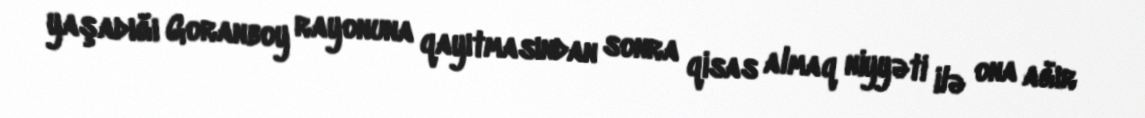
yaşadığı Goranboy rayonuna qayıtmasından sonra qisas almaq niyyəti ilə ona ağır